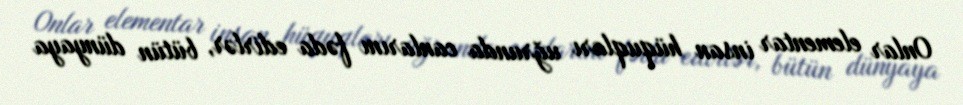
Onlar elementar insan hüquqları uğrunda canlarını fəda edirlər, bütün dünyaya